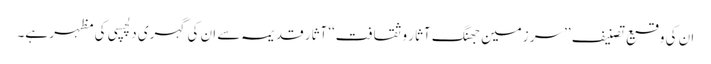
ان کی وقیع تصنیف ’’سر زمین جھنگ آثار و ثقافت‘‘ آثار قدیمہ سے ان کی گہری دلچسپی کی مظہر ہے۔